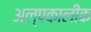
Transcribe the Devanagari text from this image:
अल्पकालीक